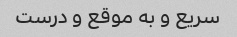
سریع و به موقع و درست